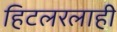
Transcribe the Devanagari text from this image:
हिटलरलाही